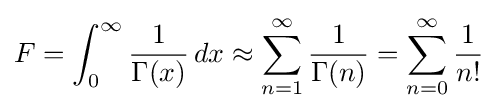
F=\int _{0}^{\infty }{\frac {1}{\Gamma (x)}}\,dx\approx \sum _{n=1}^{\infty }{\frac {1}{\Gamma (n)}}=\sum _{n=0}^{\infty }{\frac {1}{n!}}